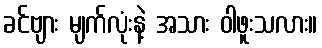
ခင်ဗျား မျက်လုံးနဲ့ အသား ဝါဖူးသလား။